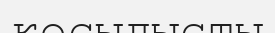
қосылысты